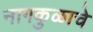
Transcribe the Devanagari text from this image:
नागकुळाचे